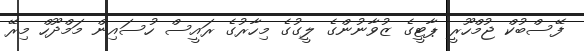
ފޭސްބުކް ޖުމްހޫރީ ޕާޓީގެ ޒުވާނުންގެ ލީގުގެ މިހާރުގެ ރައީސް ހުސައިން މަމްދޫހް މިރޭ